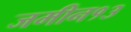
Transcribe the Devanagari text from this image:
जमीन१३